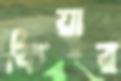
কিয়ার